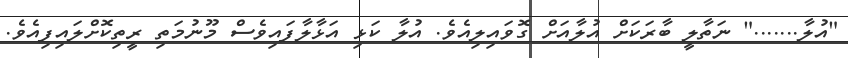
"އުލާ......." ނަތާލީ ބާރަކަށް އުލާއަށް ގޮވައިލިއެވެ. އުލާ ކަޅި އަޅާލާފައިވެސް މޫނުމަތި ރީތިކޮށްލައިފިއެވެ.